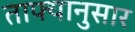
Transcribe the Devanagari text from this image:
ताफ्यानुसार